Madras plague regulations and rules - Volume 2
Disease focus: Plague
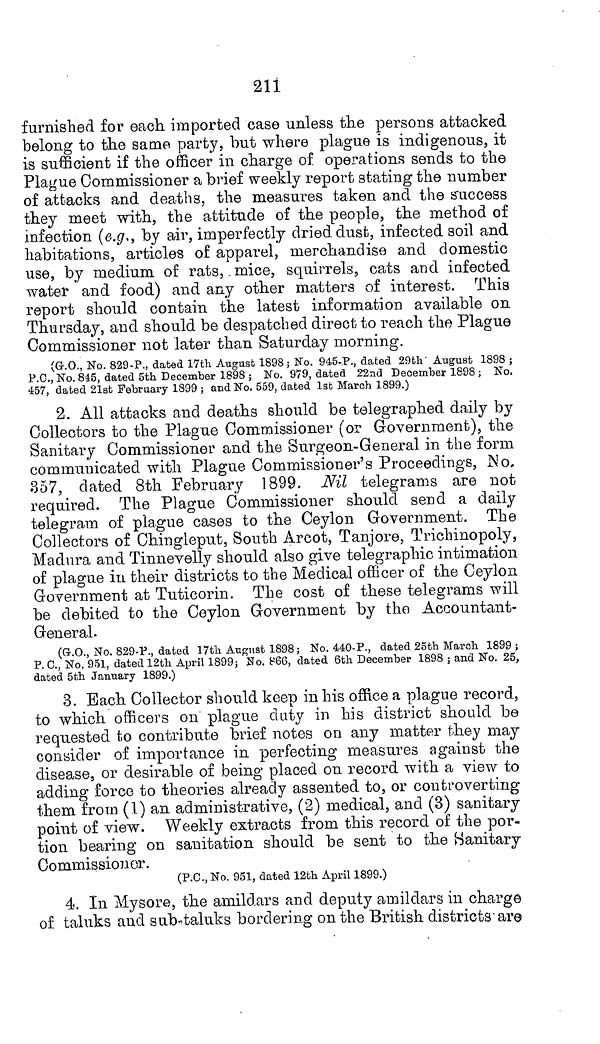
211
furnished for each, imported case unless the persons attacked
belong to the same party, but where plague is indigenous, it
is sufficient if the officer in charge of operations sends to the
Plague Commissioner a brief weekly report stating the number
of attacks and deaths, the measures taken and the success
they meet with, the attitude of the people, the method of
infection (e.g., by air, imperfectly dried, dust, infected soil and
habitations, articles of apparel, merchandise and domestic
use, by medium of rats, mice, squirrels, cats and infected
water and food) and any other matters of interest. This
report should contain the latest information available on
Thursday, and should be despatched direct to reach the Plague
Commissioner not later than Saturday morning.
(G.O., No. 829-P., dated 17th August 1898; Mo. 945-P., dated 29th August 1898 ;
P.C., No. 845, dated 5th December 1898 ; No. 979, dated 22nd December 1898 ; No.
457, dated 21st February 1899 ; and No. 559, dated 1st March 1899.)
2. All attacks and deaths should be telegraphed daily by
Collectors to the Plague Commissioner (or Government), the
Sanitary Commissioner and the Surgeon-General in the form
communicated with Plague Commissioner's Proceedings, No,
357, dated 8th February 1899. Nil telegrams are not
required. The Plague Commissioner should send a daily
telegram of plague cases to the Ceylon Government. The
Collectors of Chingleput, South Arcot, Tanjore, Trichinopoly,
Madura and Tinnevelly should also give telegraphic intimation
of plague in their districts to the Medical officer of the Ceylon
Government at Tuticorin. The cost of these telegrams will
be debited to the Ceylon Government by the Accountant-
GeneraL
(G.O., No. 829-P., dated 17th August 1898; No. 440-P., dated 25th March 1899 ;
P.C., No. 951, dated 12th April 1899; No. 866, dated 6th December 1898 ; and No. 25,
dated 5th January 1899.)
3. Bach Collector should keep in his office a plague record,
to which officers on plague duty in his district should be
requested to contribute brief notes on any matter they may
consider of importance in perfecting measures against the
disease, or desirable of being placed on record with a view to
adding force to theories already assented to, or controverting
them from (1) an administrative, (2) medical, and (3) sanitary
point of view. Weekly extracts from this record of the por-
tion bearing on sanitation should be sent to the Sanitary
Commissioner.
(P.C., No. 951, dated 12th April 1899.)
4. In Mysore, the amildars and deputy amildars in charge
of taluks and sub-taluks bordering on the British districts are